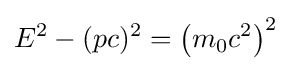
E^{2}-(pc)^{2}=\left(m_{0}c^{2}\right)^{2}